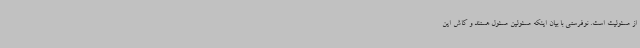
از مسئولیت است. نوفرستی با بیان اینکه مسئولین مسئول هستند و کاش این